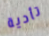
تأدية